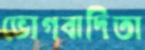
ভোগবাদিতা